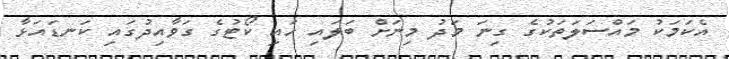
އެކަމަކު މައްސަލަތަކުގެ ގިނަ މަދު މިނަށް ބަލައި ހައި ކޯޓުގެ ގަވާއިދުގައި ކަނޑައަޅާ